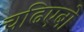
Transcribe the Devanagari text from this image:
चढिएबो